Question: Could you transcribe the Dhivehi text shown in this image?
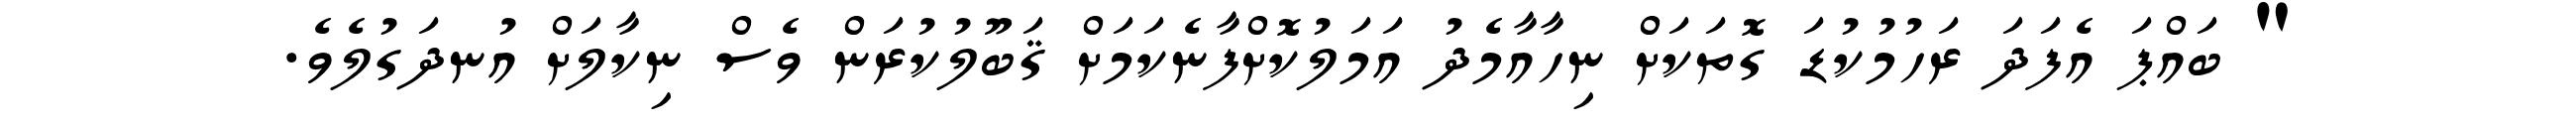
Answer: " ބައްޕަ އެފަދަ ރަހުމުކުޑަ ގޮތަކަށް ނިހާއާމެދު އަމަލުކޮށްފާނެކަމަށް ޤަބޫލުކުރަން ވެސް ނިކާލަށް އުނދަގުލެވެ.